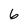
Character: 6